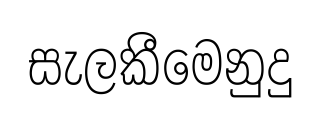
සැලකීමෙනුදු